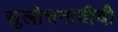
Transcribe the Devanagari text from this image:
सुलोचनादीदी